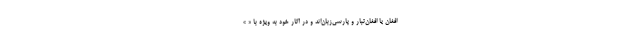
افغان یا افغان‌تبار و پارسی‌زبان‌اند و در آثار خود به ویژه با « »